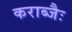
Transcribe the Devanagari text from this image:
कराब्जैः